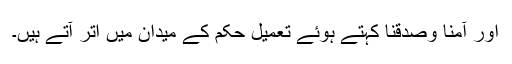
اور آمنا وصدقنا کہتے ہوئے تعمیل حکم کے میدان میں اتر آتے ہیں۔